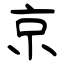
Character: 京